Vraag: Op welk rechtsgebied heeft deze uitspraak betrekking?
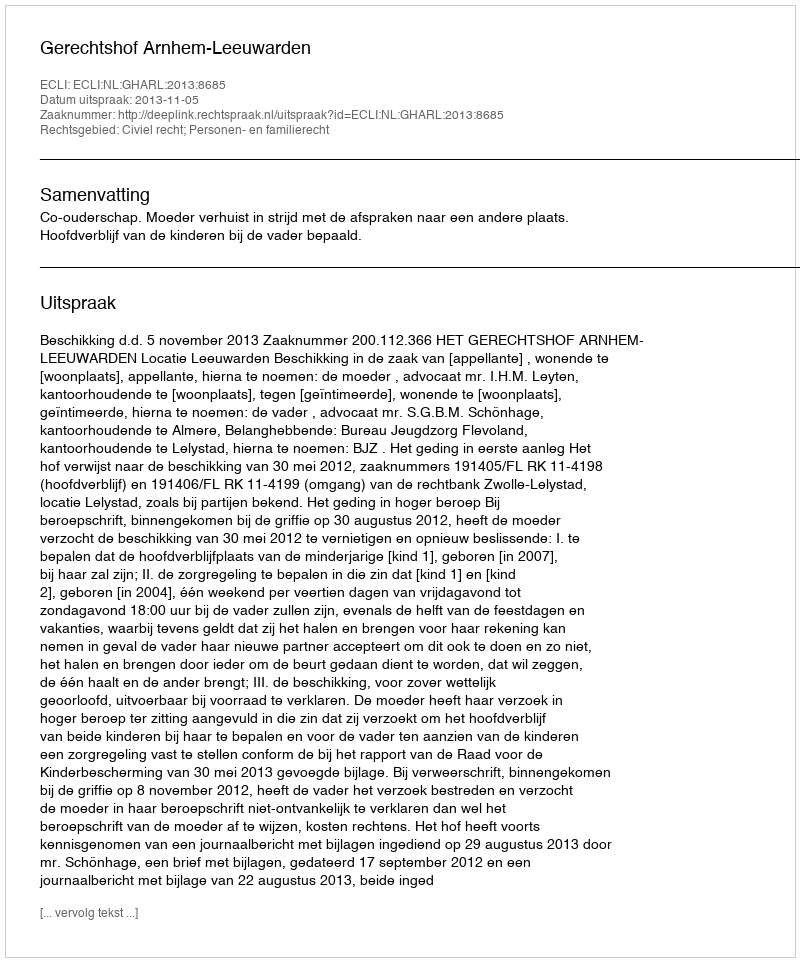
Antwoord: Civiel recht; Personen- en familierecht